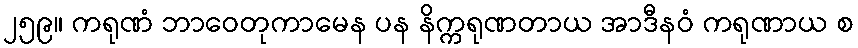
၂၅၉။ ကရုဏံ ဘာဝေတုကာမေန ပန နိက္ကရုဏတာယ အာဒီနဝံ ကရုဏာယ စ